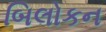
બિલોકન